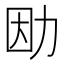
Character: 𠡛